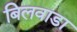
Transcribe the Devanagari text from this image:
बिलवाडा